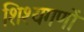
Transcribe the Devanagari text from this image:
शिश्यगणों